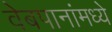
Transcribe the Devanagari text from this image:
वेबपानांमध्ये